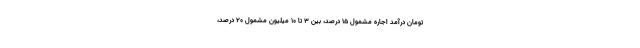
تومان درآمد اجاره مشمول ۱۵ درصد، بین ۳ تا ۱۰ میلیون مشمول ۲۰ درصد،